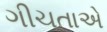
ગીચતાએ